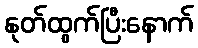
နုတ်ထွက်ပြီးနောက်